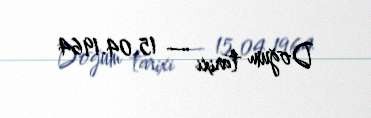
Doğum tarixi — 15.04.1964